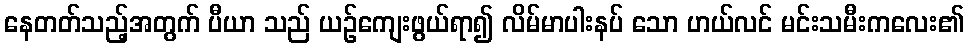
နေတတ်သည့်အတွက် ပီယာ သည် ယဉ်ကျေးဖွယ်ရာ၍ လိမ်မာပါးနပ် သော ဟယ်လင် မင်းသမီးကလေး၏